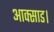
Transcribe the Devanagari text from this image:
आक्साड।